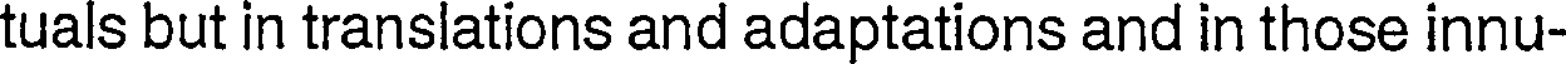
tuals but in translations and adaptations and in those innu-